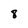
Character: 8